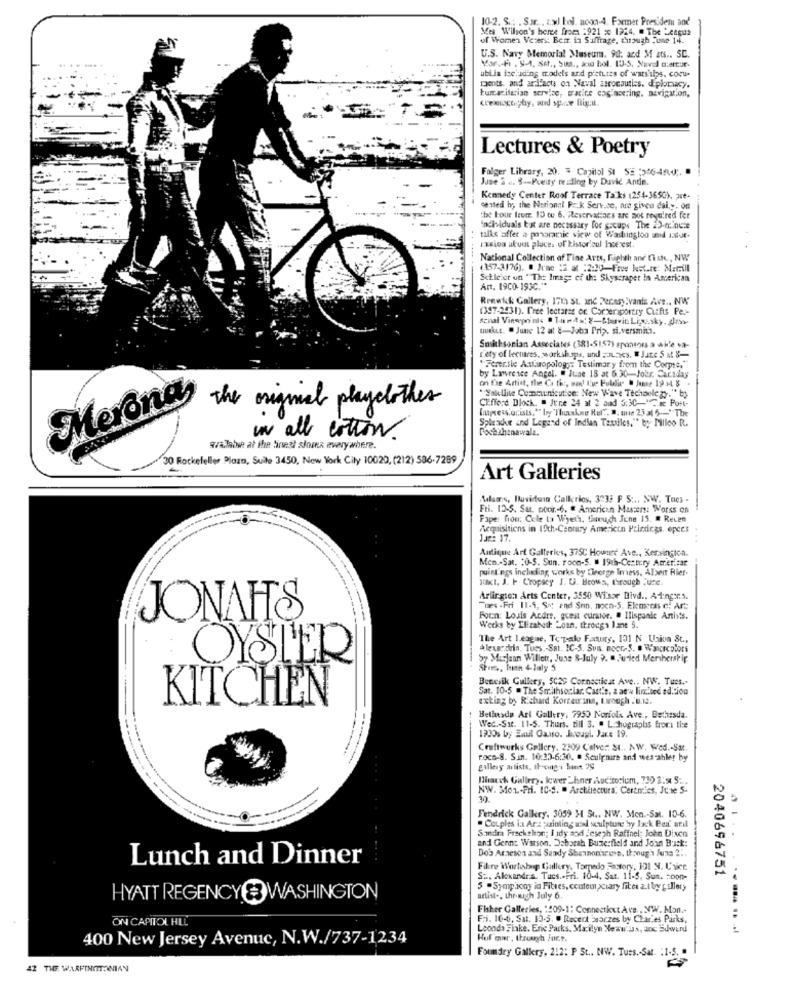
10-2. S .: . Sur. . z.xl bol. nooo-4. Farmer Presiden and
Mes Wilson's heree from :921 : 1924. @ The League
of Women Veres: Betr in Suffrage, though June 14.
U.S. Navy Memorial Museum. 90: and M ats .. SC.
ubi la loc'iding models and pictures of wars'ilps, cocu-
raents, and ardfacts on Naval ascocauties. diplomacy.
humanitarian service, tratire engineering. navigation,
Lectures & Poetry
Folger Library, 20. # Capitol 31 SE 316454 ;.
June 2 a. 8 -- Pueity peiling by David Antie.
Kennedy Center Roof Terrace Talks (254-3650), are-
seatedl iv, the National Pz.k Serv.co, are given dai,y. on
the bour tror. 15 tu 6. Reservations are not royalred fer
Individuals but are necessary for gocupe The 25-minute
talks affer a panoramic view of Washington unid 1auf-
racion akuut places of historical Invecest.
National Collection of Fine Arts, Righth ane fiskc ., NW
(357-3176). @ Jene 12 at :2:30 Frue Ist.re: Mat.ill
Schleiot un " The Image of the Skyscraper in American
Art. 1900- 193C."*
Renwick Gallery, 171 St. and Pernsy ivante Ave ., NW
(397-2431). free lectares or. Corteriportry Cutfts Pe .-
uuskut. . June 12 att &-Juba Prip. si.versmin.
Smithsonian Associates (381-5157) sponsors a Al'e +3-
L'ety of lectures, workshops, und ;JLies, " Jate 5 at $-
"Ferentie Astuopolog ;: Testimary from the Corpse."
by Lawrence Angel. " June 18 at 6.30 -Johr. Caraday
on fre Artist, the Ca thr, sand L'ue Fullis . Jeme 19 + $
"Sakllite Communicutice: New Wave Technology."by
Clifford Block. " June 24 at 2 aud 5:30-1 Port-
Impress'orists,"" boy "Thanknu Rel". D. min 2,5 a1 5 -- " The
Meronas the original playclothes
Spiradue and Legend of Indian Textiles." by Pilloo R.
Pochahanawalz.
un all cotton.
wvalable at the finest sloves averywhere.
30 Rockefeller Plaza, Suite 3450, New York City 10020, (212) 536-7289
Art Galleries
Anlams, Duvidoin Calleries, 3333 P S :.. SW. Toes -
Fri. 12-6. Sat. coor ,- 6. " American Masters: Works on
Pape: fou: Cele ta Wyeth, famuch June 15. # Recen
Acquisitions in 19th-Century Americto Printings, opees
Jan: 17.
Antique Art Galleries, 375C Howund Ave ., Kersingica.
Men .- Sat. : 0-5. Sun. rooo-S. # 19th-Century Americar
puist ogs including works by theerge Imess, Alben Rier-
JUKI, J. P Cropscy J. U. Brown, through :ute.
Arlington Arts Center, 3550 Wiser Blvd ., Alonga.s.
Ties -Fri 11-5, Se and Snn. noen-5. Elemecss e. Art:
JONAHS
Foun: Louis Acdre. guest curator. # Ilispanic Antiis.
Werks by Elizabod: Loan, throcgs lane S.
The Art League, To palo Facturg, 101 N Union St,
Alexandria, Tues .- SRI. IC-3. Sun. mocr-S. a Wancrcplots
OYSTER
Sy Mirjean Willett, June 8-July 3. @ juried Mershershir
Bencsik Gullery, SC29 Cornscticat Ave ., NW. Tues .-
Sat. 10-5 . The Smithsoriar. Castle, 2 at w linchied edition
KITCHEN
exting by Richard Korremann, twooch :'D.12.
Bethesda Art Gallery, 7950 Norfolk Ave , Bethesda.
-
Wed .- Sat. 11-S. Thurs. till 3. " L hographs trori tie
1900s by Emul Cano. Jsougl. Jare 19.
Craftwurks Gallery, 2309 Calver: St ., NW. Wed .- Sat.
roco-8. Sin. 10:30-6:30. . Sculpnire and wes-ahler by
gallery artists, thongs bont 29
[hauch Gallery. lewer "hner Auditorium, 730 2: 5 ...
NW. Mon-Fri. 10-S. " Architectura" Certmics, Junte 5-
Fendrick Galkry. 3059 M Si .. NW. Men .- Sal. 10-6.
. Couples in Arz painting and sculpture by Jack Por anil
Sindim Prschelon; I idy aod Jeseph Raffnel: John Dixen
and Gerne Warson, Deborah Buzerfield and John Buck:
Dos Arnesen and Sandy Shannon's
b. through Juza 2:
Lunch and Dinner
Fikre Wartohup Gallery, Torpedo Factory, 131 9. C'hice
S ... Alexandra. Tues .- Pri. 10-4, Sat. 11-5, Sun. = con-
2040696751
5 -Symphony in Fitres, couteuxciary fites 2.1 by gallery
HYATT REGENCY & WASHINGTON
artist -, through July 6.
Fisher Galleries, "409-1: Connecticut Ave . XW. Mon .-
ON CAPITOL HILL
Fri. 10-6, Sat. 13-5. . Recent bearzes by Charles Picks,
Loond> Flake. Enie Parks, Marilyn Neww.in, doc Edward
.... ........
400 New Jersey Avenue, N.W./737-1234
Huf mur, through /art.
Foundry Gallery, 212: P St .. NW. Tues .- Sat. : 1-5.
42 THE. WARFINOITONIAN